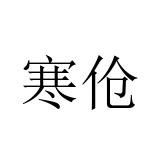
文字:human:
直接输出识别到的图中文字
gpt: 寒伧